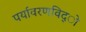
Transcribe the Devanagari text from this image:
पर्यावरणविद्ो